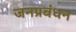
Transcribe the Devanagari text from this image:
जनप्रबंधन